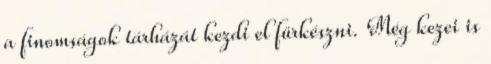
a finomságok tárházát kezdi el fürkészni. Még kezei is